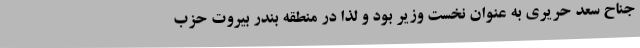
جناح سعد حریری به عنوان نخست وزیر بود و لذا در منطقه‌ بندر بیروت حزب